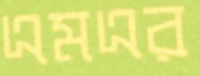
এমএর